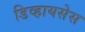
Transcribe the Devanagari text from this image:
डिव्हायसेस